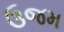
ઉજમ